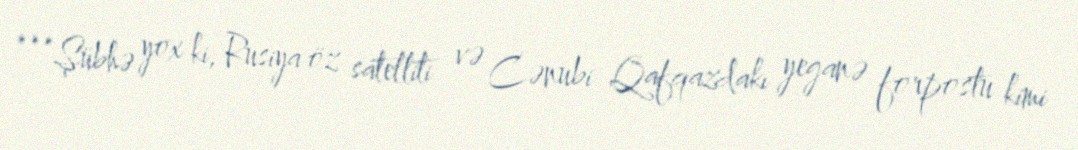
***Şübhə yox ki, Rusiya öz satelliti və Cənubi Qafqazdakı yeganə forpostu kimi